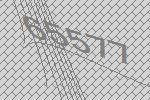
65577